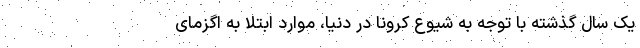
یک سال گذشته با توجه به شیوع کرونا در دنیا، موارد ابتلا به اگزمای